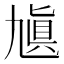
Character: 㐤